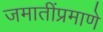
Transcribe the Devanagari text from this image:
जमातींप्रमाणे